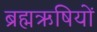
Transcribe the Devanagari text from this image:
ब्रह्मऋषियों